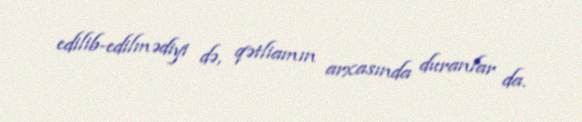
edilib-edilmədiyi də, qətliamın arxasında duranlar da.